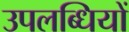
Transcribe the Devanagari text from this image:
उपलब्‍धियों